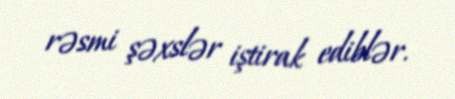
rəsmi şəxslər iştirak ediblər.